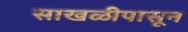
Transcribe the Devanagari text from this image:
साखळीपासून